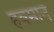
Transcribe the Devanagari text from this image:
हवमान